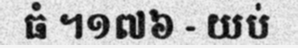
ធំ ។១៧៦ - យប់